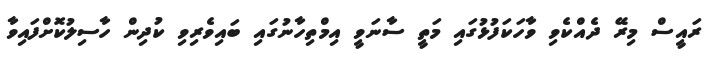
ރައީސް މިރޭ ދެއްކެވި ވާހަކަފުޅުގައި މަތީ ސާނަވީ އިމްތިހާނުގައި ބައިވެރިވި ކުދިން ހާސިލުކޮށްފައިވާ